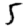
Digit: 5